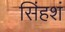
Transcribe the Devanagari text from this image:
सिंहशं